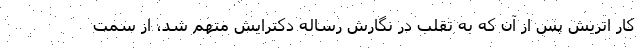
کار اتریش پس از آن که به تقلب در نگارش رساله دکترایش متهم شد، از سمت